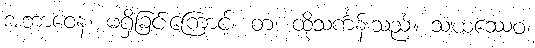
အဘာဝေန၊ မရှိခြင်းကြောင့်။ တံ၊ ထိုသင်္ကန်းသည်။ သံဃဿေဝ၊